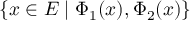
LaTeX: \{ x \in E \mid \Phi _ { 1 } ( x ) , \Phi _ { 2 } ( x ) \}